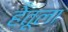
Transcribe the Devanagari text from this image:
हेतूला